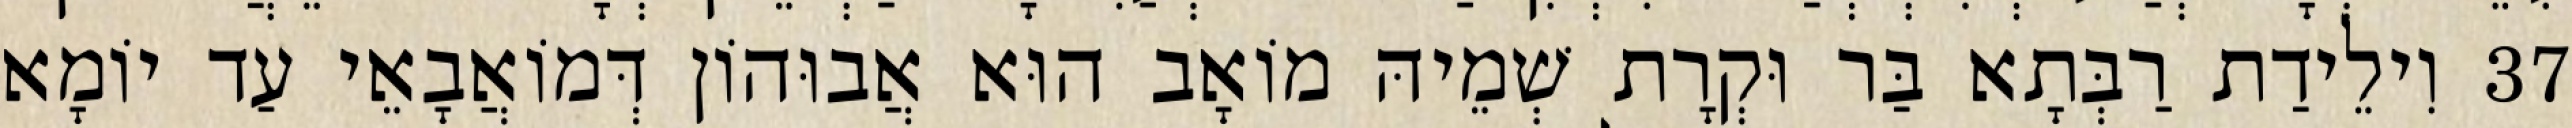
37 וִילֵידַת רַבְּתָא בַּר וּקְרָת שְׁמֵיהּ מוֹאָב הוּא אֲבוּהוֹן דְּמוֹאֲבָאֵי עַד יוֹמָא